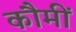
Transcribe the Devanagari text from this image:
कौमीं